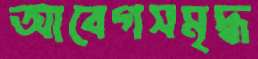
আবেগসমৃদ্ধ